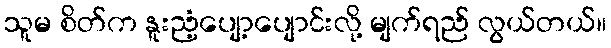
သူမ စိတ်က နူးညံ့ပျော့ပျောင်းလို့ မျက်ရည် လွယ်တယ်။